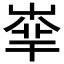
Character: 𡴟